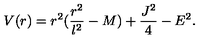
V ( r ) = r ^ { 2 } ( \frac { r ^ { 2 } } { l ^ { 2 } } - M ) + \frac { J ^ { 2 } } { 4 } - E ^ { 2 } .